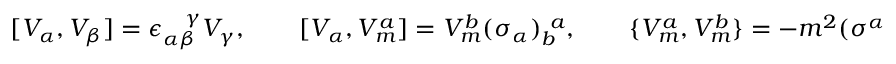
[ V _ { \alpha } , V _ { \beta } ] = \epsilon _ { \alpha \beta } ^ { ~ ~ ~ \! \gamma } V _ { \gamma } , \qquad [ V _ { \alpha } , V _ { m } ^ { a } ] = V _ { m } ^ { b } ( \sigma _ { \alpha } ) _ { b } ^ { ~ a } , \qquad \{ V _ { m } ^ { a } , V _ { m } ^ { b } \} = - m ^ { 2 } ( \sigma ^ { \alpha } ) ^ { a b } V _ { \alpha }